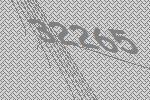
32265